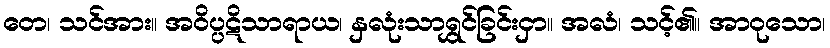
တေ၊ သင်အား။ အဝိပ္ပဋိသာရာယ၊ နှလုံးသာရွှင်ခြင်းငှာ။ အလံ၊ သင့်၏။ အာဝုသော၊